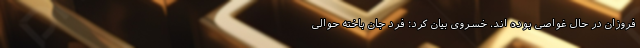
فروزان در حال غواصی بوده اند. خسروی بیان کرد: فرد جان باخته حوالی